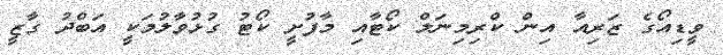
ވީޑިއޯގެ ޒަރިއާ އިން ކްރިމިނަލް ކޯޓާއި މާފުށީ ކޯޓު ގުޅުވާލުމަކީ އަބްދު ގާޒީ